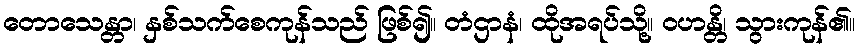
တောသေန္တာ၊ နှစ်သက်စေကုန်သည် ဖြစ်၍။ တံဌာနံ၊ ထိုအရပ်သို့။ ဝဟန္တိ၊ သွားကုန်၏။